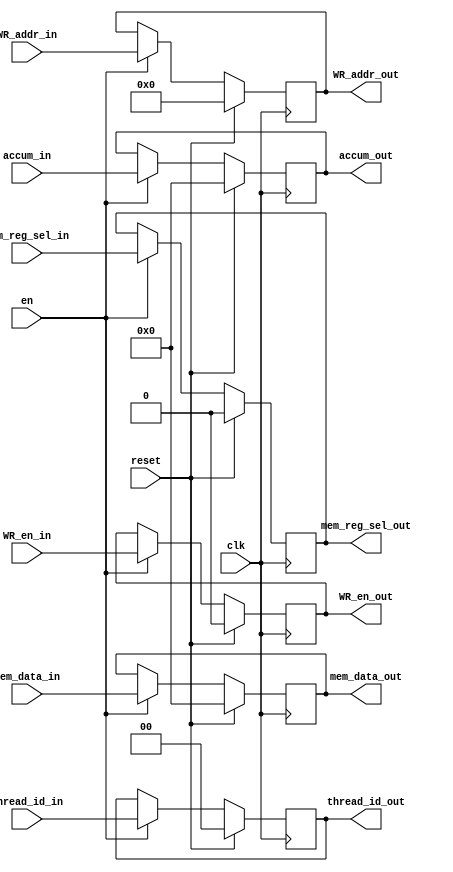
`timescale 1ns / 1ps
//////////////////////////////////////////////////////////////////////////////////
// Company: 
// Engineer: 
// 
// Design Name: 
// Module Name:    pipe_mem_wb 
// Project Name: 
// Target Devices: 
// Tool versions: 
// Description: 
//
// Dependencies: 
//
// Revision: 
// Revision 0.01 - File Created
// Additional Comments: 
//
//////////////////////////////////////////////////////////////////////////////////


module pipe_mem_wb
	#(parameter DATAPATH_WIDTH = 64,
	  parameter REGFILE_ADDR_WIDTH = 5,
	  parameter THREAD_BITS = 2)

   (input [DATAPATH_WIDTH-1:0] mem_data_in,
    input [DATAPATH_WIDTH-1:0] accum_in,
    input [REGFILE_ADDR_WIDTH-1:0] WR_addr_in,
	 input WR_en_in,
	 input mem_reg_sel_in,
	 input [THREAD_BITS-1:0] thread_id_in,
    input clk,
    input en,
    input reset,
    output reg [DATAPATH_WIDTH-1:0] mem_data_out,
    output reg [DATAPATH_WIDTH-1:0] accum_out,
    output reg [REGFILE_ADDR_WIDTH-1:0] WR_addr_out,
	 output reg [THREAD_BITS-1:0]	thread_id_out,
	 output reg WR_en_out,
	 output reg mem_reg_sel_out
	 );
	 
	 
always @ (posedge clk) 
  begin
	 if (reset) begin
		mem_data_out 		<= 'd0;
		accum_out 			<= 'd0;
		WR_addr_out 		<= 'd0;	
		WR_en_out			<= 'd0;
		mem_reg_sel_out 	<= 'd0;
		thread_id_out		<= 'd0;
	 end
	 else if (en) begin
		mem_data_out 		<= mem_data_in;
		accum_out 			<= accum_in;
		WR_addr_out 		<= WR_addr_in;
		WR_en_out			<= WR_en_in;
		mem_reg_sel_out 	<= mem_reg_sel_in;
		thread_id_out		<= thread_id_in;		
	 end
	end
endmodule